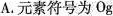
A.元素符号为O_{g}